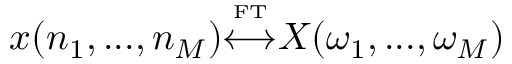
x ( n _ { 1 } , . . . , n _ { M } ) { \overset { \underset { \mathrm { F T } } { } } { \longleftrightarrow } } X ( \omega _ { 1 } , . . . , \omega _ { M } )